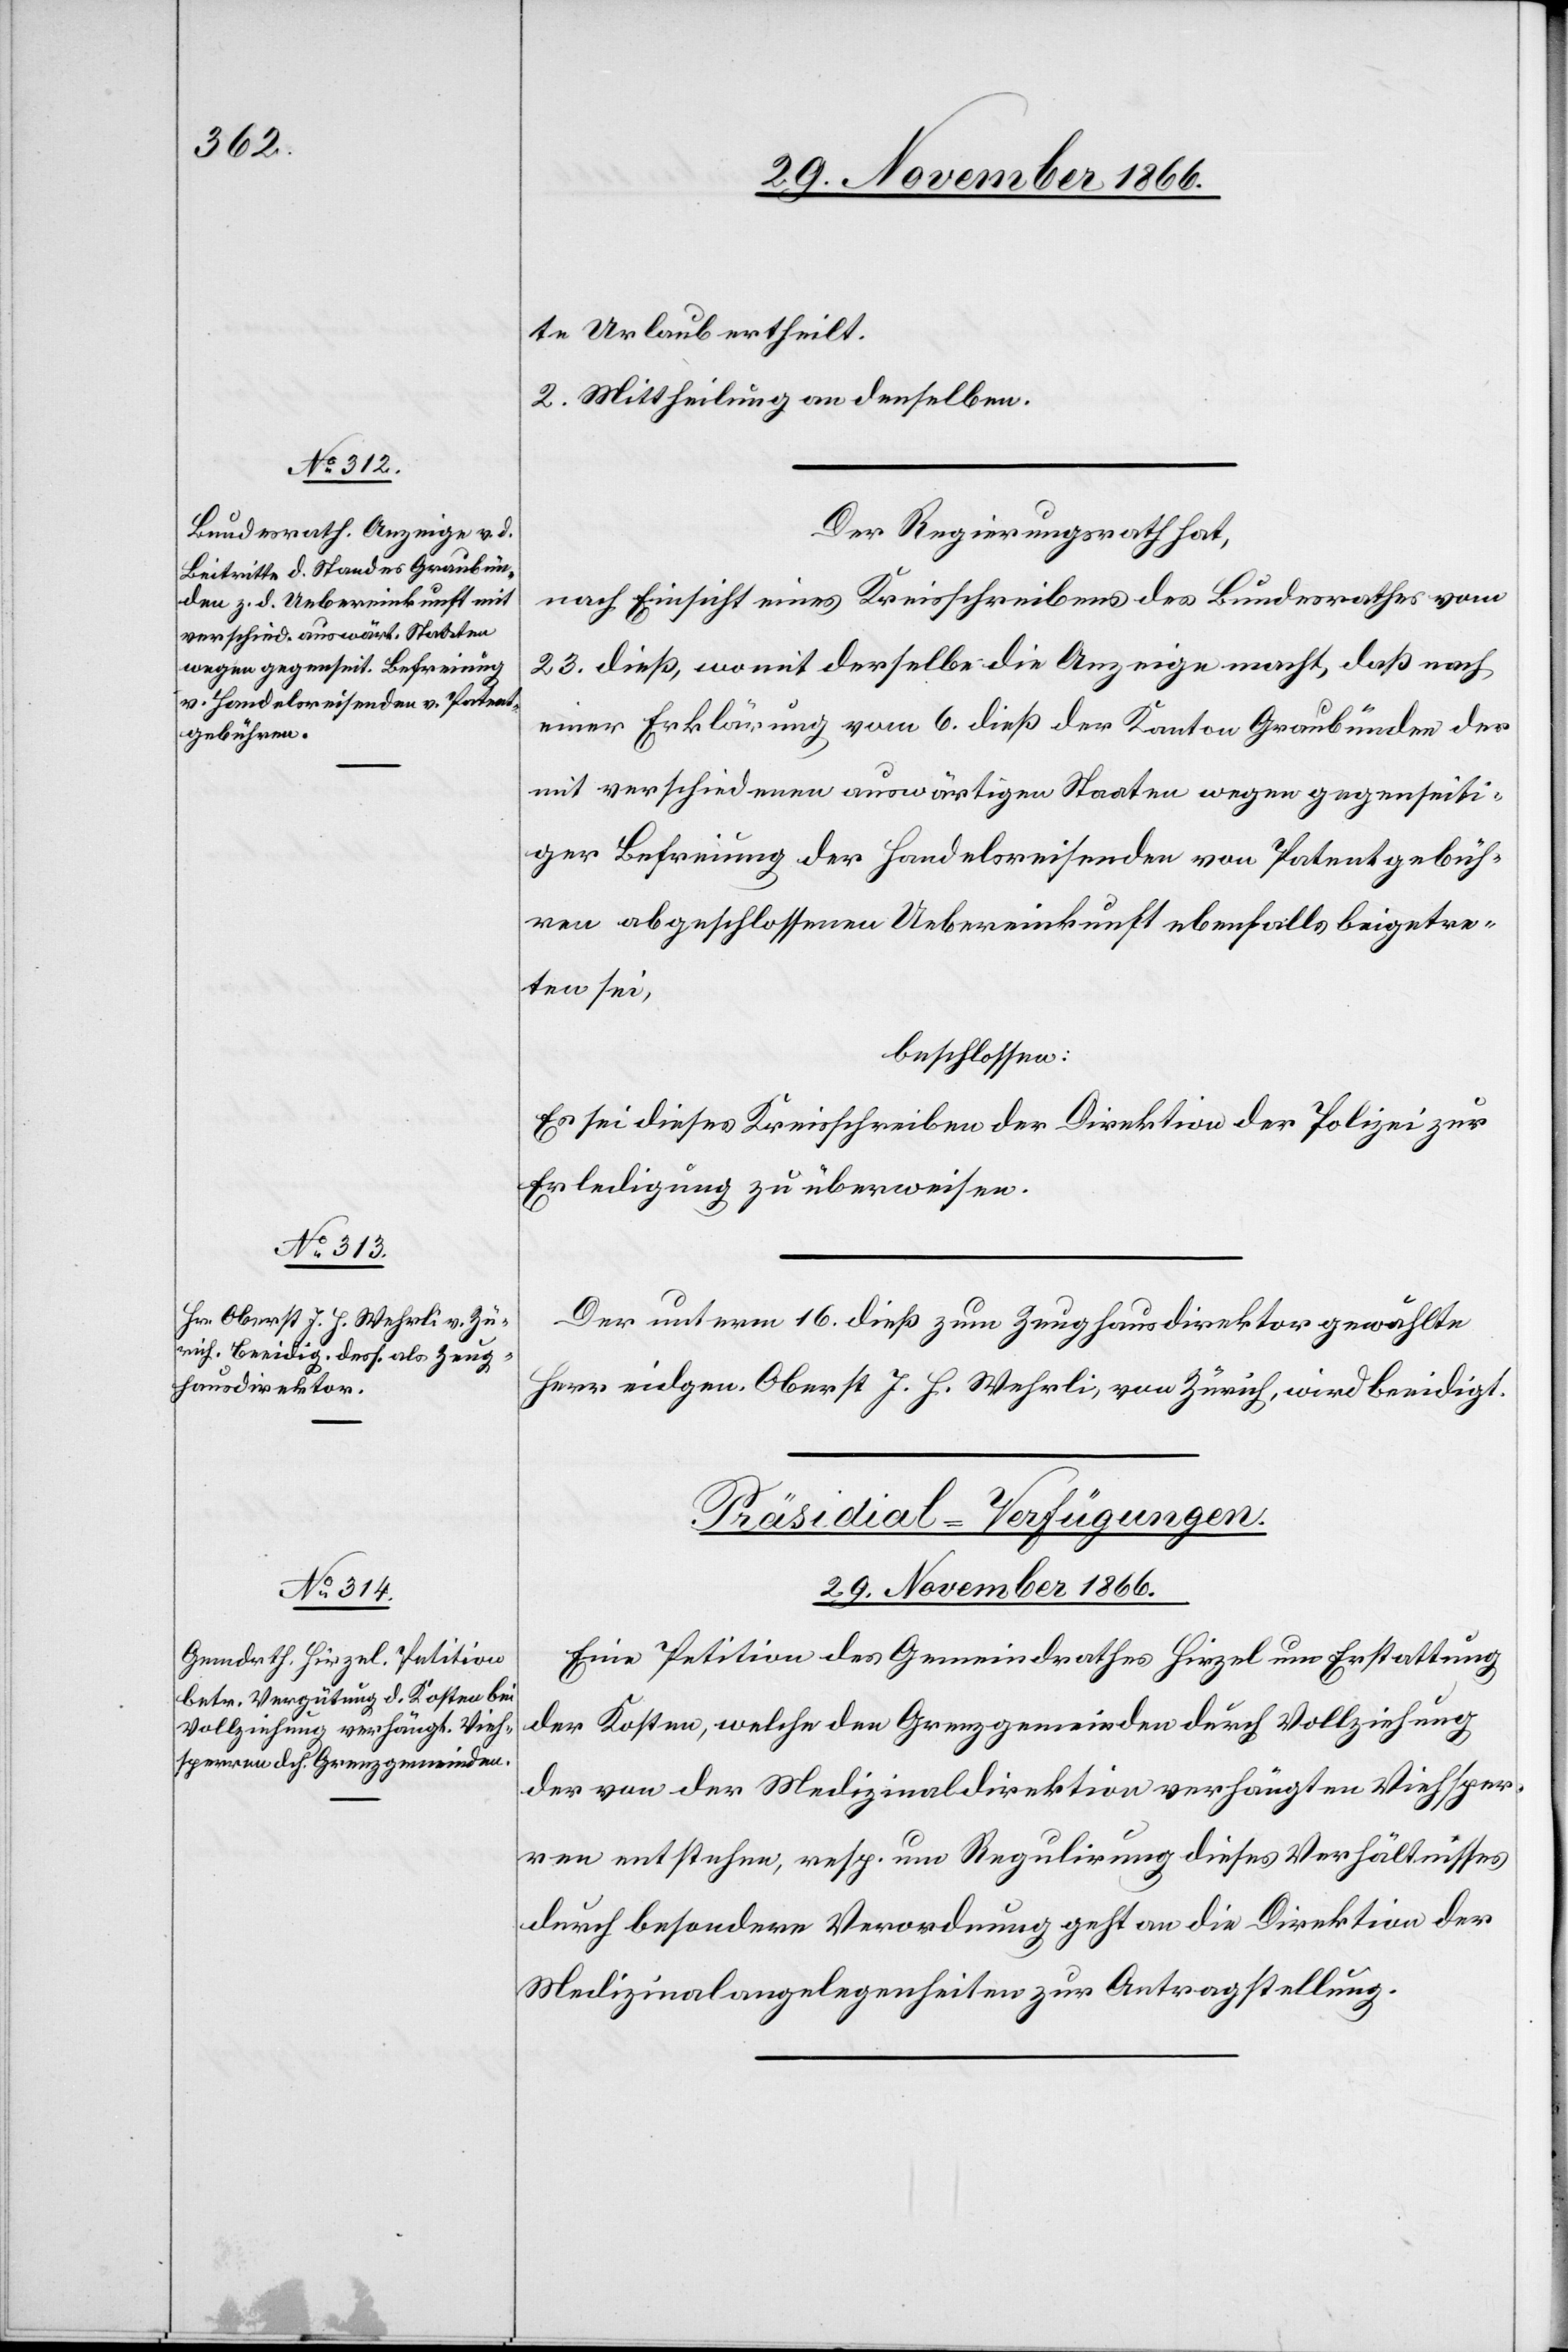
te Urlaub ertheilt.
2. Mittheilung an denselben.
Der Regierungsrath hat,
nach Einsicht eines Kreisschreibens des Bundesrathes vom
23. dieß, womit derselbe die Anzeige macht, daß nach
einer Erklärung vom 6. dieß der Kanton Graubünden der
mit verschiedenen auswärtigen Staaten wegen gegenseiti¬
ger Befreiung der Handelsreisenden von Patentgebüh¬
ren abgeschlossenen Uebereinkunft ebenfalls beigetre¬
ten sei,
beschlossen:
Es sei dieses Kreisschreiben der Direktion der Polizei zur
Erledigung zu überweisen.
Der unterm 16. dieß zum Zeughausdirektor gewählte
Herr eidgen. Oberst J. H. Wehrli, von Zürich, wird beeidigt.
Präsidial-Verfügungen.
29. November 1866.
Eine Petition des Gemeindrathes Hirzel um Erstattung
der Kosten, welche den Grenzgemeinden durch Vollziehung
der von der Medizinaldirektion verhängten Viehsper¬
ren entstehen, resp. um Regulirung dieses Verhältnisses
durch besondere Verordnung geht an die Direktion der
Medizinalangelegenheiten zur Antragstellung.